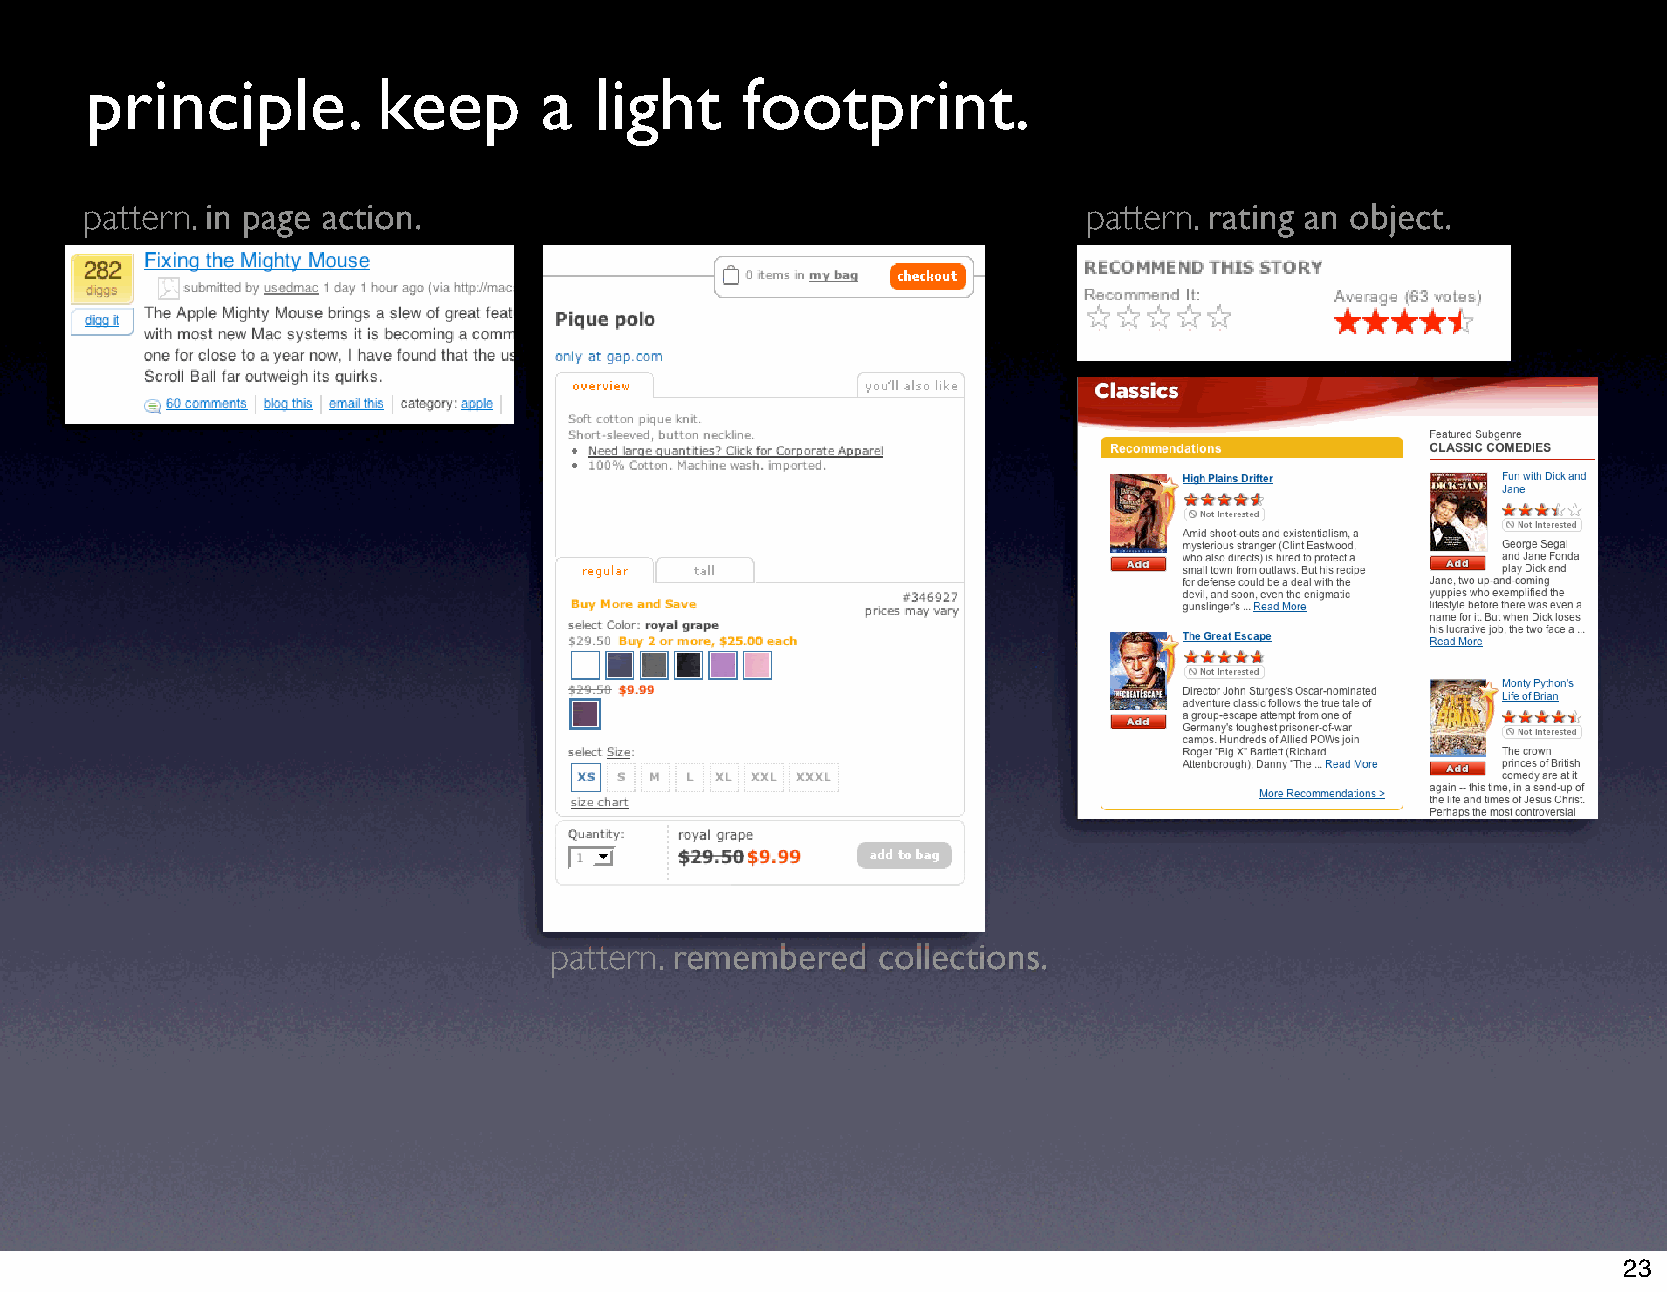
principle.         keep       a  light     footprint.
 pattern. in page action.                                          pattern. rating an object.
 pattern. remembered   collections.
 23